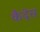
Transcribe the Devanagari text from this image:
कैदेस